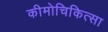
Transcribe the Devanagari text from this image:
कीमोचिकित्सा